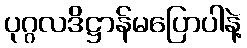
ပုဂ္ဂလဒိဋ္ဌာန်မပြောပါနဲ့